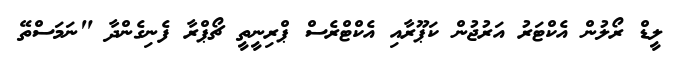
ލީޑް ރޯލުން އެކްޓަރު އަރުޖުން ކަޕޫރާއި އެކްޓްރެސް ޕްރިނީތީ ޗޯޕްރާ ފެނިގެންދާ "ނަމަސްތޭ